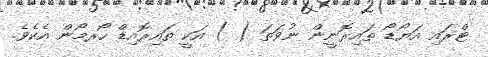
ޓްރައި އަޔޯޑޯ ތައިރޮނީން ނުވަތަ ( ) އަކީ ތައިރޮއިޑް ހޯރމޯން އެކެވެ.